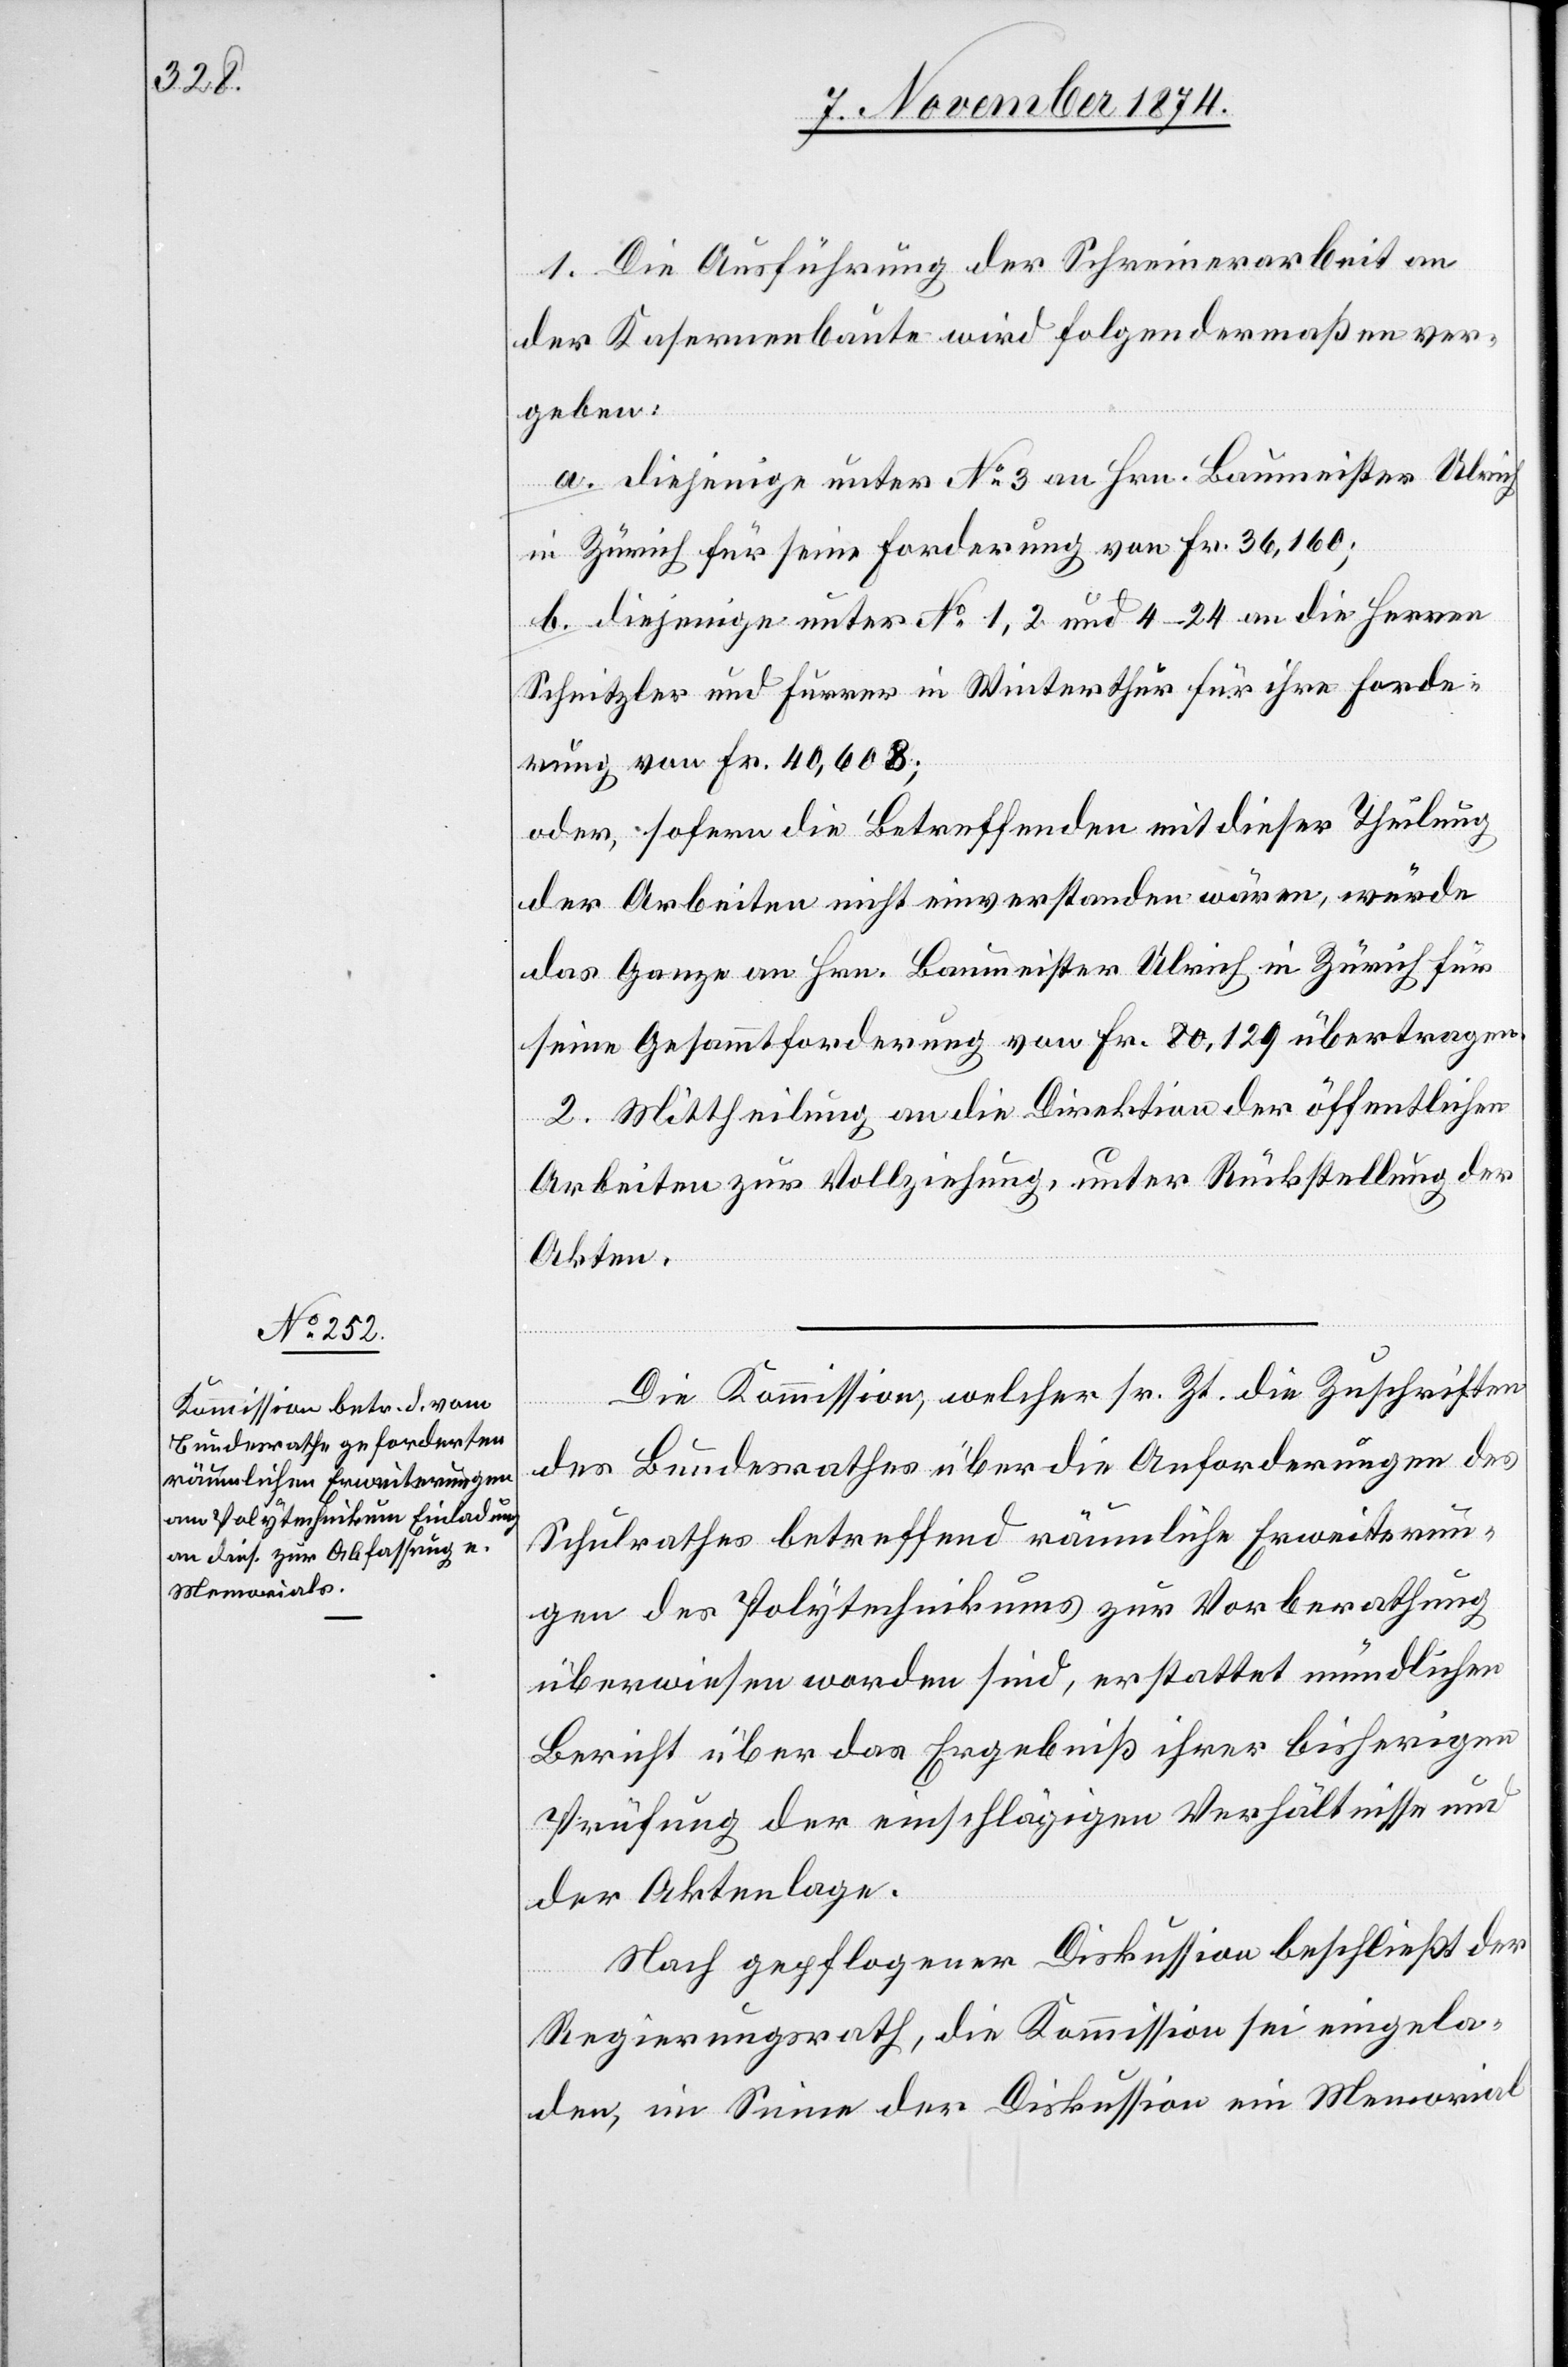
1. Die Ausführung der Schreinerarbeiten
der Kasernenbaute wird folgendermaßen ver¬
geben:
a. diejenige unter No 3 an Hrn. Baumeister Ulrich
in Zürich für seine Forderung von Fr. 36,160;
b. diejenige unter No 1,2 und 4–24 an die Herren
Schnitzler und Furrer in Winterthur für ihre Forde¬
rung von Fr. 40,608;
oder, sofern die Betreffenden mit dieser Theilung
der Arbeiten nicht einverstanden wären, würde
das Ganze an Hrn. Baumeister Ulrich in Zürich für
seine Gesammtforderung von Fr. 80,129 übertragen.
2. Mittheilung an die Direktion der öffentlichen
Arbeiten zur Vollziehung, unter Rückstellung der
Akten.
Die Kommission, welcher sr. Zt. die Zuschriften
des Bundesrathes über die Anforderungen des
Schulrathes betreffend räumliche Erweiterun¬
gen des Polytechnikums zur Vorberathung
überwiesen worden sind, erstattet mündlichen
Bericht über das Ergebniß ihrer bisherigen
Prüfung der einschlägigen Verhältnisse und
der Aktenlage.
Nach gepflogener Diskussion beschließt der
Regierungsrath, die Kommission sei eingela¬
den, im Sinne der Diskussion ein Memorial